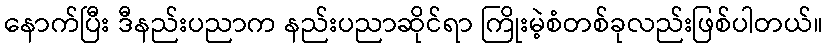
နောက်ပြီး ဒီနည်းပညာက နည်းပညာဆိုင်ရာ ကြိုးမဲ့စံတစ်ခုလည်းဖြစ်ပါတယ်။